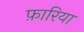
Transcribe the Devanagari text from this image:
फ़ारिया